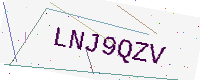
Text: LNJ9QZV